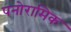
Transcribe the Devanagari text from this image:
पनोरामिक